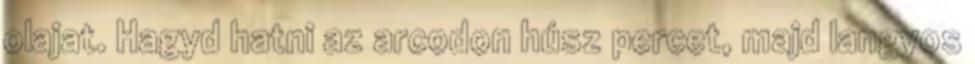
olajat. Hagyd hatni az arcodon húsz percet, majd langyos